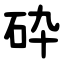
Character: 砕